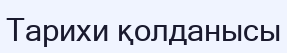
Тарихи қолданысы